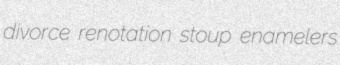
divorce renotation stoup enamelers